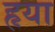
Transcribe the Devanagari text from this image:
हृया